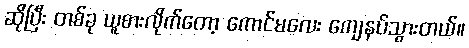
ဆိုပြီး တစ်ခု ယူစားလိုက်တော့ ကောင်မလေး ကျေနပ်သွားတယ်။